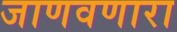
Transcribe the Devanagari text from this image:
जाणवणारा